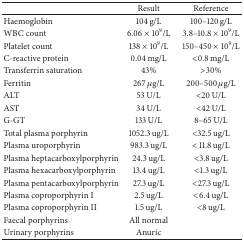
<table><thead><tr><td><b> </b></td><td><b>Result</b></td><td><b>Reference</b></td></tr></thead><tbody><tr><td>Haemoglobin</td><td>104 g/L</td><td>100–120 g/L</td></tr><tr><td>WBC count</td><td>6.06 × 10<sup>9</sup>/L</td><td>3.8–10.8 × 10<sup>9</sup>/L</td></tr><tr><td>Platelet count</td><td>138 × 10<sup>9</sup>/L</td><td>150–450 × 10<sup>9</sup>/L</td></tr><tr><td>C-reactive protein</td><td>0.04 mg/L</td><td> &lt;0.8 mg/L</td></tr><tr><td>Transferrin saturation</td><td>43%</td><td>&gt;30%</td></tr><tr><td>Ferritin</td><td>267 <i>μ</i>g/L</td><td>200–500 <i>μ</i>g/L</td></tr><tr><td>ALT</td><td>53 U/L</td><td>&lt;20 U/L</td></tr><tr><td>AST</td><td>34 U/L</td><td>&lt;42 U/L</td></tr><tr><td>G-GT</td><td>133 U/L</td><td>8–65 U/L</td></tr><tr><td>Total plasma porphyrin</td><td>1052.3 ug/L</td><td>&lt;32.5 ug/L</td></tr><tr><td>Plasma uroporphyrin</td><td>983.3 ug/L</td><td>&lt; 11.8 ug/L</td></tr><tr><td>Plasma heptacarboxylporphyrin</td><td>24.3 ug/L</td><td>&lt;3.8 ug/L</td></tr><tr><td>Plasma hexacarboxylporphyrin</td><td>13.4 ug/L</td><td>&lt;1.3 ug/L</td></tr><tr><td>Plasma pentacarboxylporphyrin</td><td>27.3 ug/L</td><td>&lt;27.3 ug/L</td></tr><tr><td>Plasma coproporphyrin I</td><td>2.5 ug/L</td><td>&lt;6.4 ug/L</td></tr><tr><td>Plasma coproporphyrin II</td><td>1.5 ug/L</td><td>&lt;8 ug/L</td></tr><tr><td>Faecal porphyrins</td><td>All normal</td><td> </td></tr><tr><td>Urinary porphyrins</td><td>Anuric</td><td> </td></tr></tbody></table>